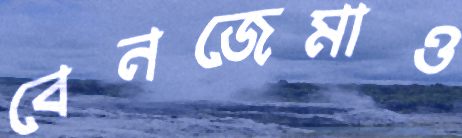
বেনজেমাও